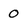
Character: 0